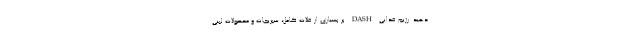
دهید. رژیم غذایی DASH بر بسیاری از غلات کامل، سبزیجات و محصولات لبنی